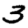
Digit: 3